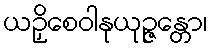
ယဉှိစေဝါနုယုဉ္ဇန္တော၊